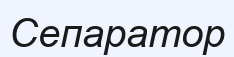
Сепаратор